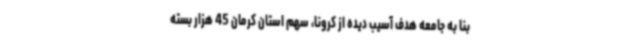
بنا به جامعه هدف آسیب دیده از کرونا، سهم استان کرمان 45 هزار بسته